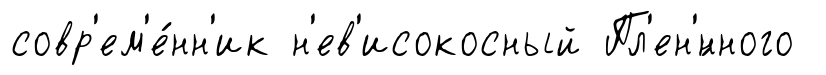
совр'ем'е́нн'ик н'ев'исокосный Пл'ен'́нного